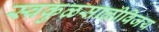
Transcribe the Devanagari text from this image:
स्वकुळसाळीविजय